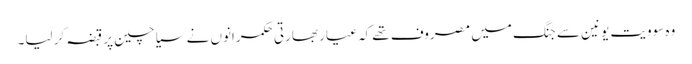
وہ سوویت یونین سے جنگ میں مصروف تھے کہ عیار بھارتی حکمرانوں نے سیاچین پر قبضہ کر لیا۔